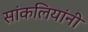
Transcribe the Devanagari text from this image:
सांकलियांनी